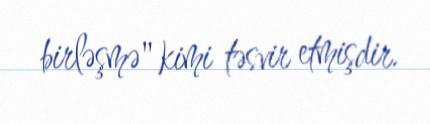
birləşmə" kimi təsvir etmişdir.